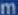
mm